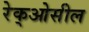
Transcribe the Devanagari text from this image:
रेक्‌ओसील